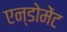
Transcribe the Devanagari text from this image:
एन्डोमेंट